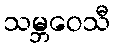
သမ္ဘဝေသီ